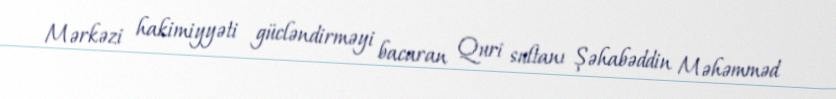
Mərkəzi hakimiyyəti gücləndirməyi bacaran Quri sultanı Şəhabəddin Məhəmməd